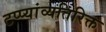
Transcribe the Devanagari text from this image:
टप्प्यांव्यतिरिक्त